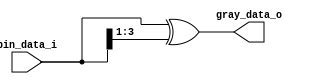
//-----------------------------------------------------------------------
// Description :
// Notes       :
//-----------------------------------------------------------------------
// Revision    : v0.1
//-----------------------------------------------------------------------

module BIN2GRAY
#(
    parameter DATA_WIDTH                = 4
)
(
    input   wire    [DATA_WIDTH-1:0]    bin_data_i,
    output  wire    [DATA_WIDTH-1:0]    gray_data_o
);

assign gray_data_o = bin_data_i ^ ( bin_data_i >> 1 );

endmodule